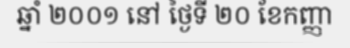
ឆ្នាំ ២០០១ នៅ ថ្ងៃទី ២០ ខែកញ្ញា